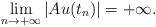
LaTeX: \begin{align*}\lim_{n\to +\infty}|Au(t_{n})|= +\infty.\end{align*}